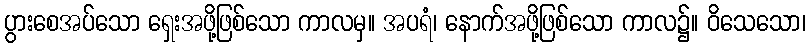
ပွားစေအပ်သော ရှေးအဖို့ဖြစ်သော ကာလမှ။ အပရံ၊ နောက်အဖို့ဖြစ်သော ကာလ၌။ ဝိသေသော၊